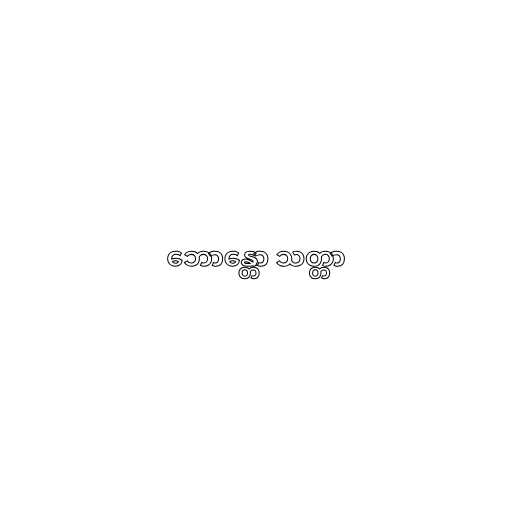
ဘောန္တော သတ္တာ